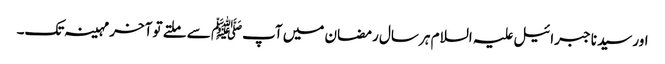
اور سیدنا جبرائیل علیہ السلام ہر سال رمضان میں آپﷺ سے ملتے تو آخر مہینہ تک۔